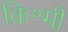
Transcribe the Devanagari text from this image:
कि॰मी